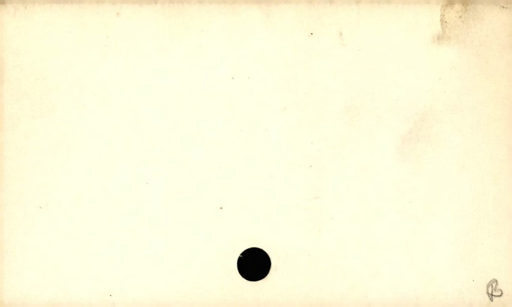
Label: blank